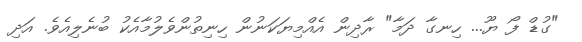
"ގުޑް ފޯ ޔޫ... ހިނގާ ދަމާ" ރާދިން އެއްމިޔަކަނުން ހިނިތުންވެލުމާއެކު ބުނެލިއެވެ. އަދި